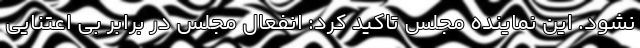
نشود. این نماینده مجلس تاکید کرد: انفعال مجلس در برابر بی اعتنایی